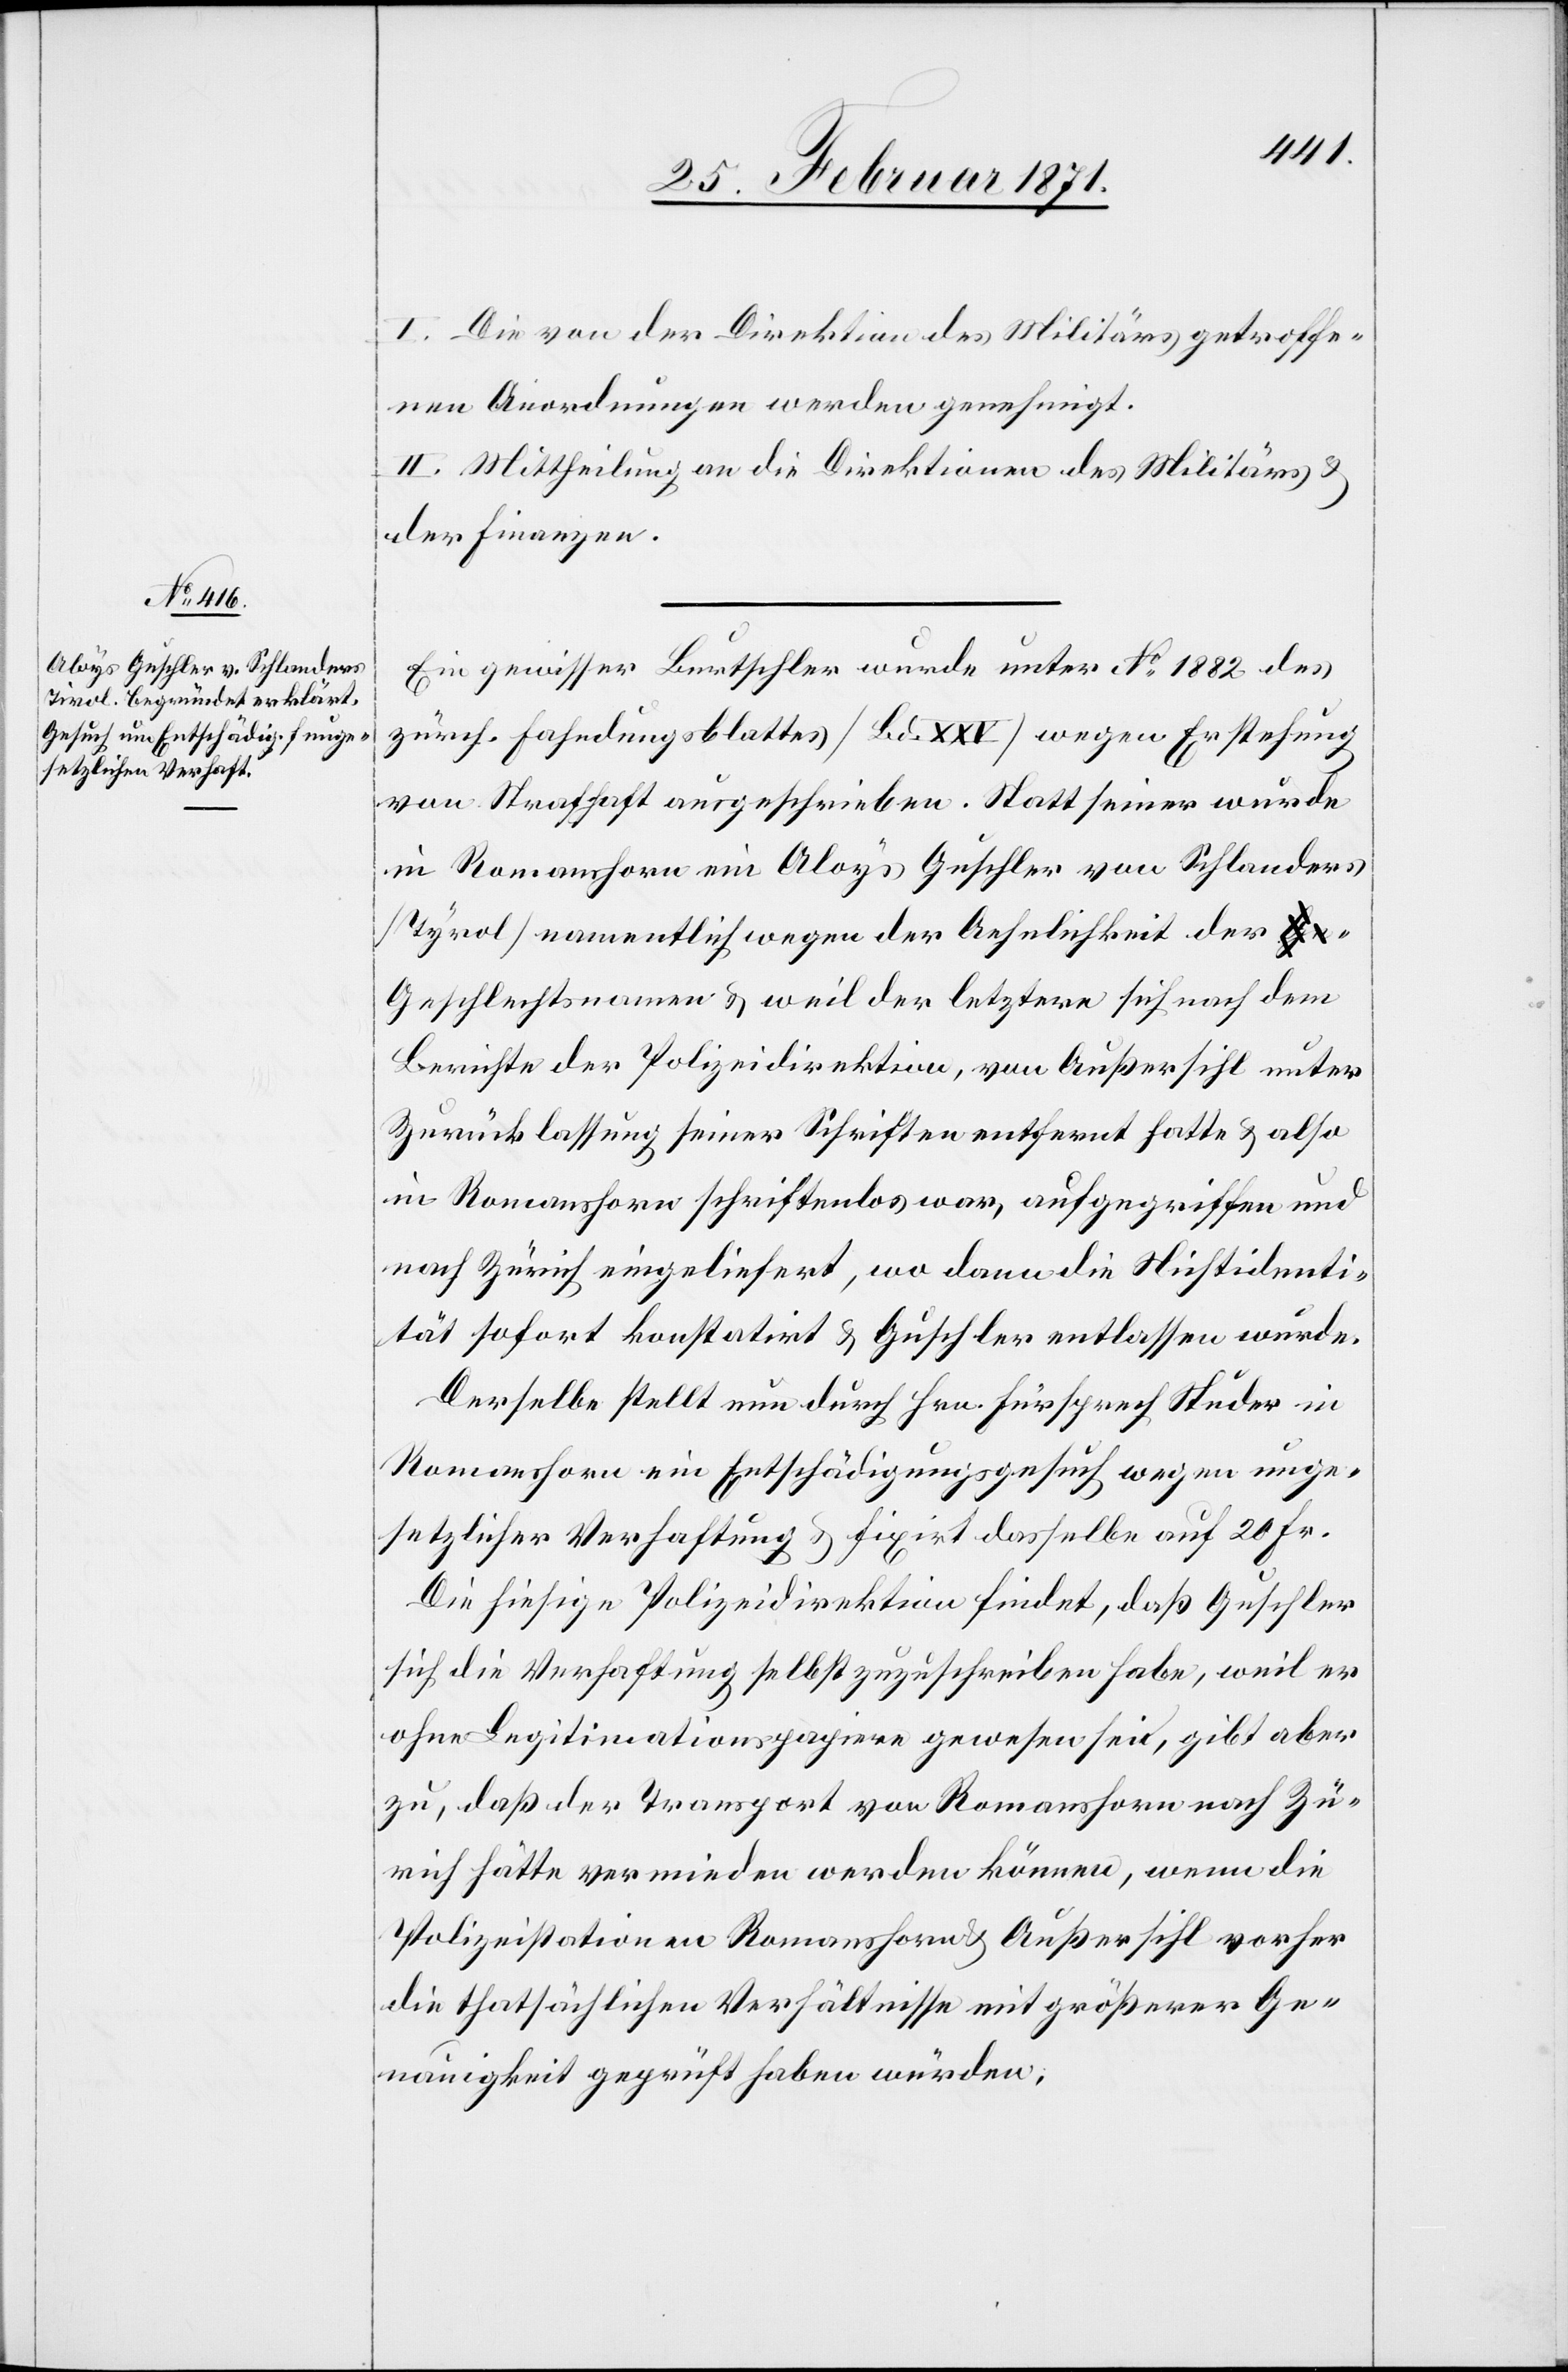
I. Die von der Direktion des Militärs getroffe¬
nen Anordnungen werden genehmigt.
II. Mittheilung an die Direktion des Militärs u.
der Finanzen.
Ein gewisser Burtschler wurde unter No. 1882 des
zürch. Fahndungsblattes [Bd. XXV] wegen Erstehung
von Strafhaft ausgeschrieben. Statt seiner wurde
in Romanshorn ein Aloys Guschler von Schlanders
[Tyrol] namentlich wegen der Aehnlichkeit der G¬
eschlechtsnamen u. weil der letztere sich nach dem
Berichte der Polizeidirektion, von Außersihl unter
Zurücklassung seiner Schriften entfernt hatte u. also
in Romanshorn schriftenlos war, aufgegriffen und
nach Zürich eingeliefert, wo dann die Nichtidenti¬
tät sofort konstatirt u. Guschler entlassen wurde.
Derselbe stellt nun durch Hrn. Fürsprech Studer in
Romanshorn ein Entschädigungsgesuch wegen unge¬
setzlicher Verhaftung u. fixirt dasselbe auf 20 Fr.
Die hiesige Polizeidirektion findet, daß Guschler
sich die Verhaftung selbst zuzuschreiben habe, weil er
ohne Legitimationspapiere gewesen sei, gibt aber
zu, daß der Transport von Romanshorn nach Zü¬
rich hätte vermieden werden können, wenn die
Polizeistationen Romanshorn u. Außersihl vorher
die thatsächlichen Verhältnisse mit größerer Ge¬
nauigkeit geprüft haben würden.